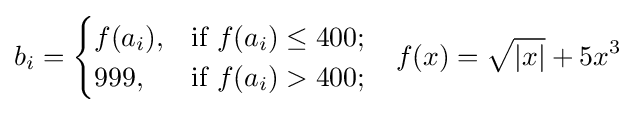
b_{i}={\begin{cases}f(a_{i}),&{\text{if }}f(a_{i})\leq 400;\\999,&{\text{if }}f(a_{i})>400;\end{cases}}\quad f(x)={\sqrt {|x|}}+5x^{3}